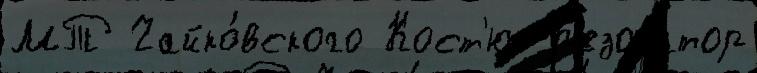
МТ Чайко́вского Кост'юк р'езонатор